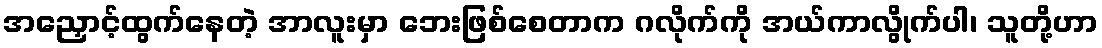
အညှောင့်ထွက်နေတဲ့ အာလူးမှာ ဘေးဖြစ်စေတာက ဂလိုက်ကို အယ်ကာလွိုက်ပါ၊ သူတို့ဟာ